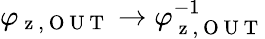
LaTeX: \varphi_{\mathrm{~z~,~O~U~T~}}\rightarrow\varphi_{\mathrm{~z~,~O~U~T~}}^{-1}